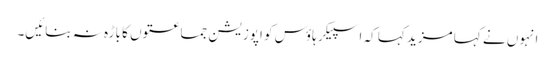
انہوں نے کہا مزید کہا کہ اسپیکر ہاؤس کو اپوزیشن جماعتوں کا باڑہ نہ بنائیں۔